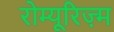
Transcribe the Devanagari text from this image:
रोम्यूरिज़्म